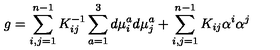
g = \sum _ { i , j = 1 } ^ { n - 1 } K _ { i j } ^ { - 1 } \sum _ { a = 1 } ^ { 3 } d \mu _ { i } ^ { a } d \mu _ { j } ^ { a } + \sum _ { i , j = 1 } ^ { n - 1 } K _ { i j } \alpha ^ { i } \alpha ^ { j }